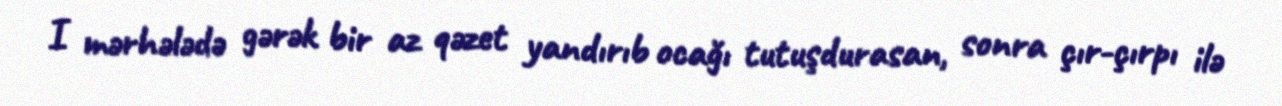
I mərhələdə gərək bir az qəzet yandırıb ocağı tutuşdurasan, sonra çır-çırpı ilə